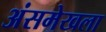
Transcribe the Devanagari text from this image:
अंसमेखला